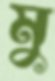
মু